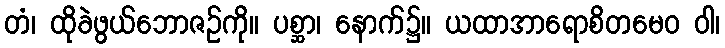
တံ၊ ထိုခဲဖွယ်ဘောဇဉ်ကို။ ပစ္ဆာ၊ နောက်၌။ ယထာအာရောစိတမေဝ ဝါ၊